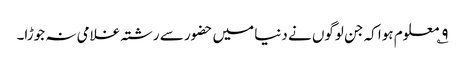
۹؎ معلوم ہوا کہ جن لوگوں نے دنیا میں حضور سے رشتہ غلامی نہ جوڑا۔